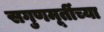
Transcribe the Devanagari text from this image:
सगुणमूर्तीच्या